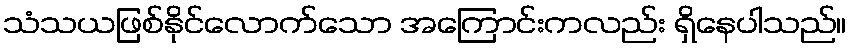
သံသယဖြစ်နိုင်လောက်သော အကြောင်းကလည်း ရှိနေပါသည်။